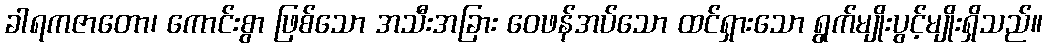
ခါရကဇာတော၊ ကောင်းစွာ ဖြစ်သော အသီးအခြား ဝေဖန်အပ်သော ထင်ရှားသော ရွက်မျိုးပွင့်မျိုးရှိသည်။